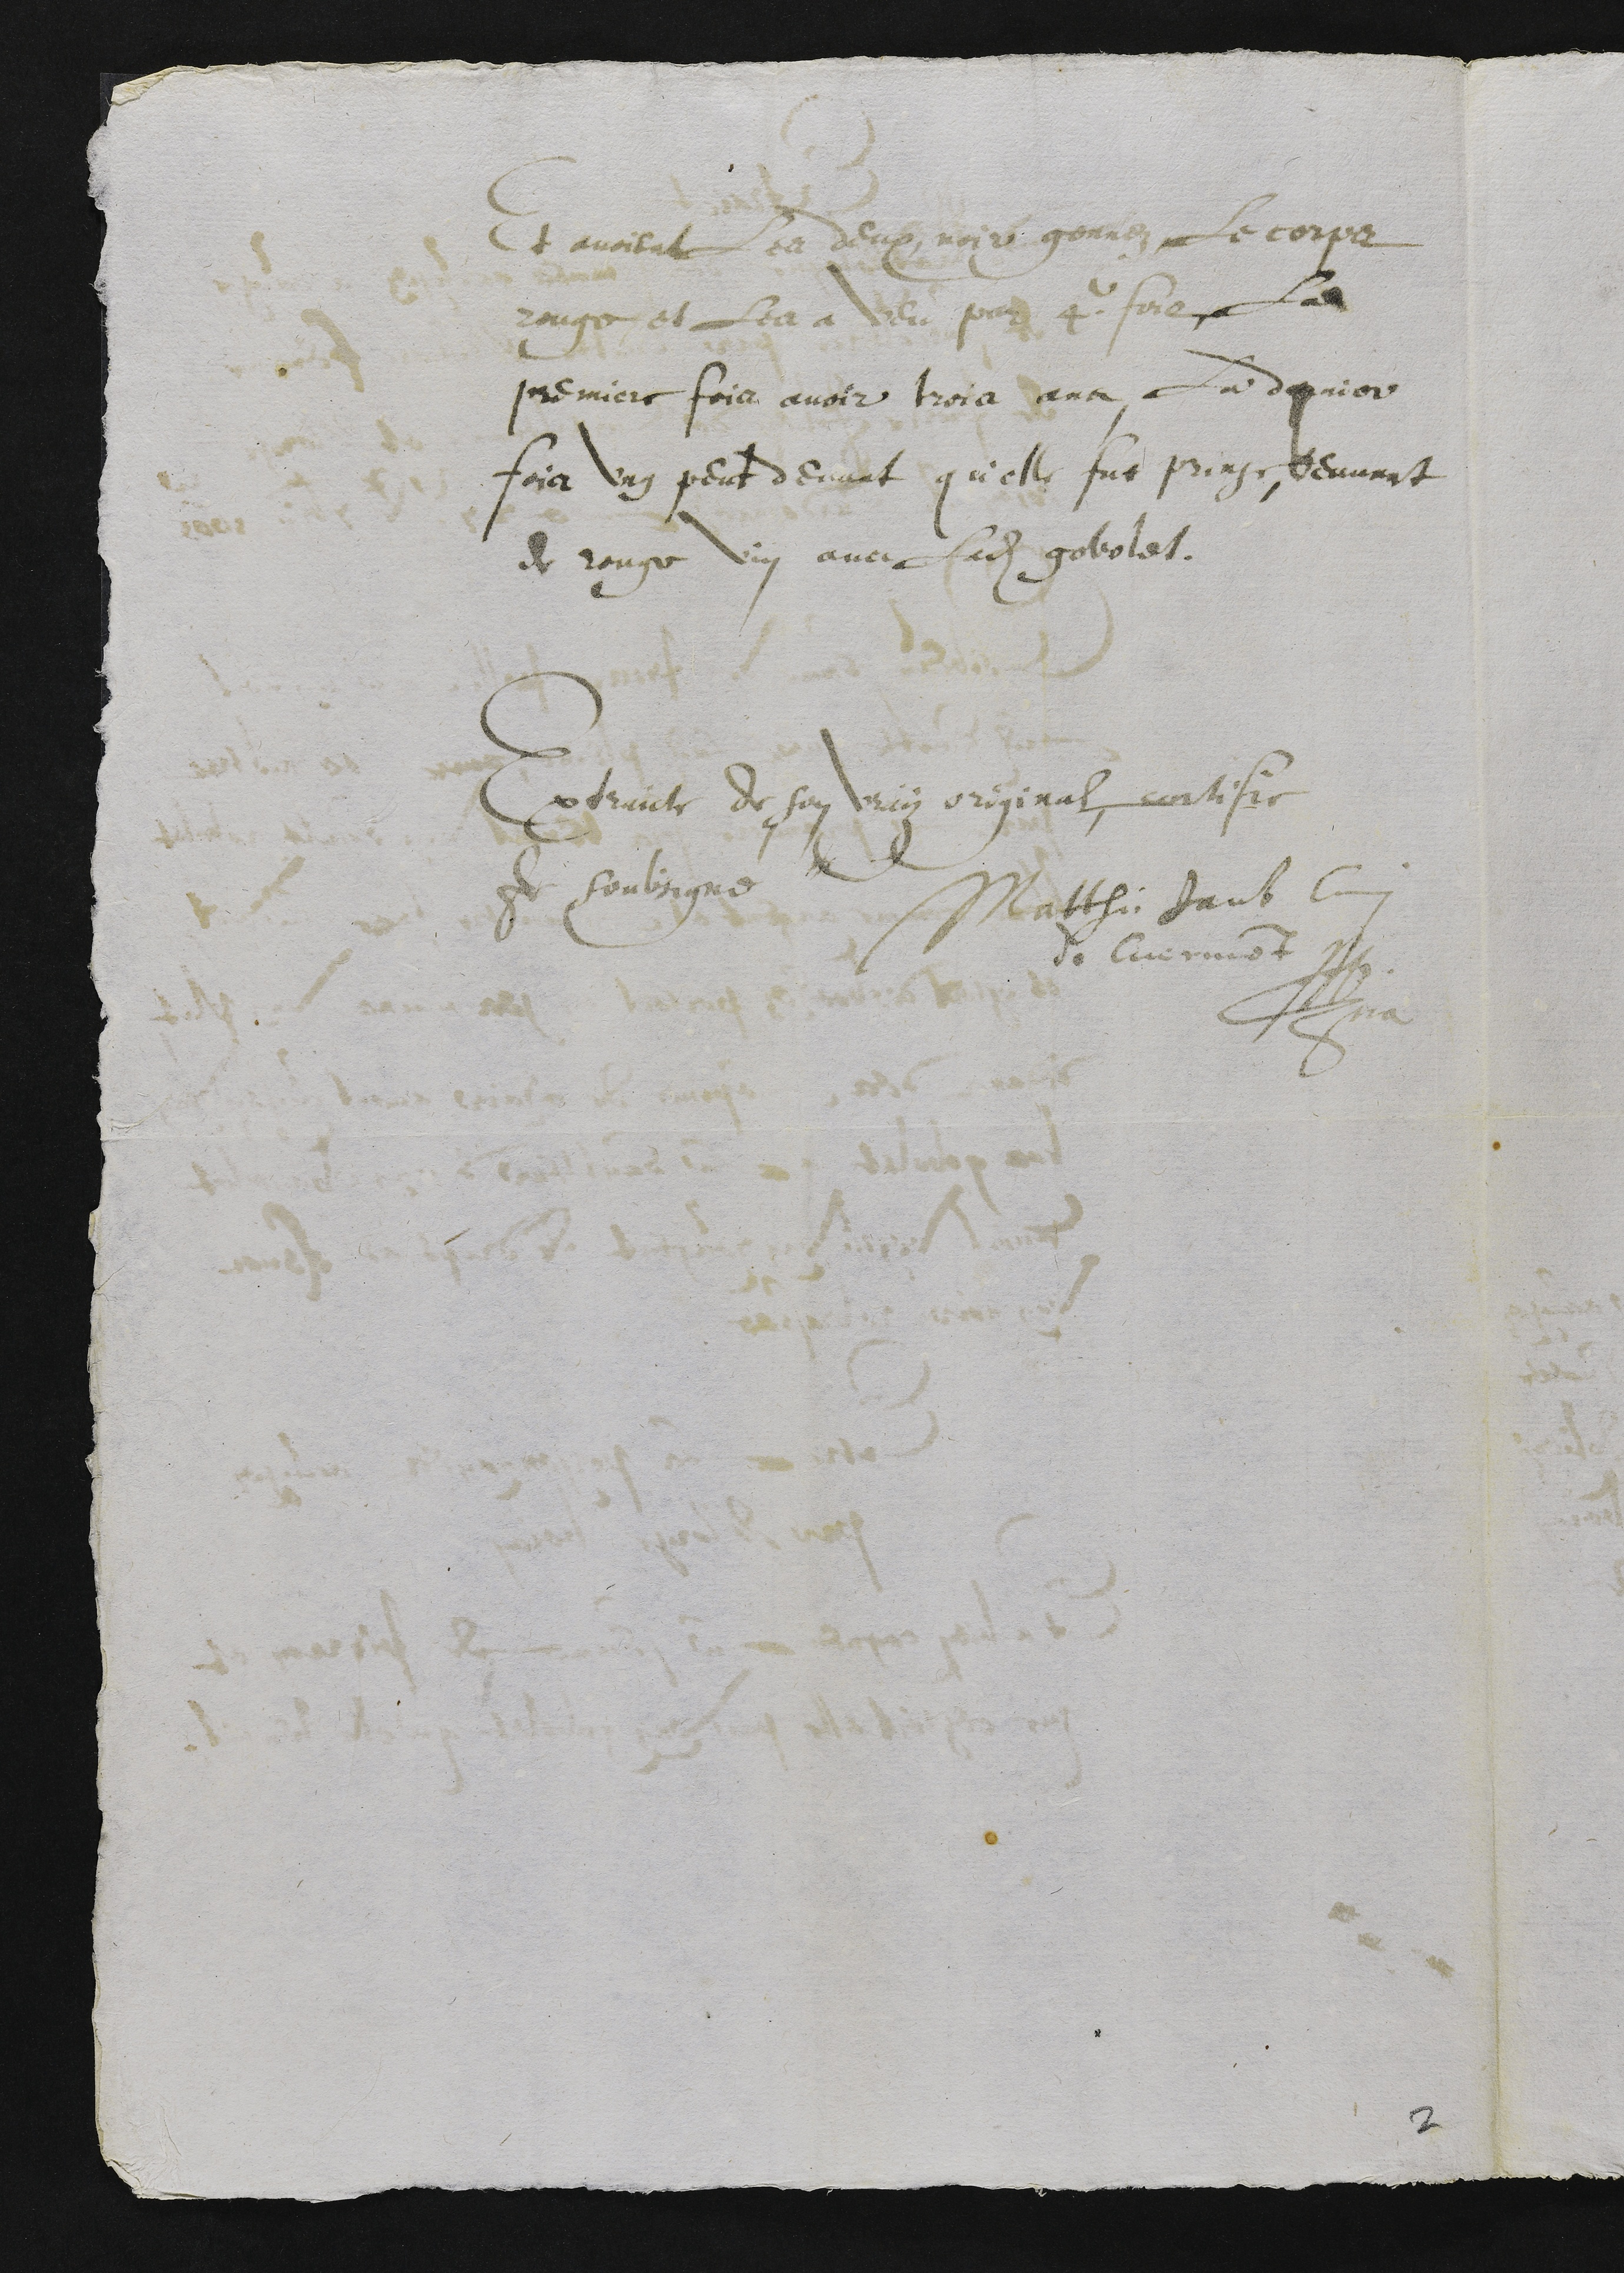
Et avoient les deux noir gonnez Le corps
rouge et les a veu par 4 fois, La
premiere fois avoir trois ans, La dernier
fois ung peut devant qu'elle fut prinse, beuvant
de rouge vin avec ledit gobolet.
Extraicte de son vray original, certifie
Je soubsigne
Matthis Janblin
de Cuermont

2